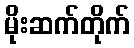
မိုးဆက်တိုက်